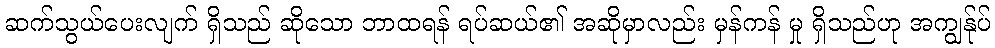
ဆက်သွယ်ပေးလျက် ရှိသည် ဆိုသော ဘာထရန် ရပ်ဆယ်၏ အဆိုမှာလည်း မှန်ကန် မှု ရှိသည်ဟု အကျွန်ုပ်